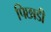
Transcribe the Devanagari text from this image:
पिछाडी